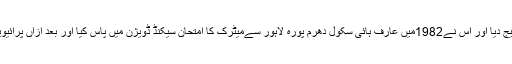
جنہوں نے ابتدائی تعلیم دلوانے کے بعد نوید سعید کو لاہور بھیج دیا اور اس نے1982میں عارف ہائی سکول دھرم پورہ لاہور سےمیٹرک کا امتحان سیکنڈ ڈویژن میں پاس کیا اور بعد ازاں پرائیویٹ ایف اے کرنے کے بعد پولیس میں ملازمت اختیار کر لی ۔